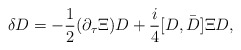
\begin{align*}{\delta}D=-{1\over2}(\partial_{\tau}\Xi)D+{i\over4}[D,\bar{\mbox{\raisebox{0ex}[1.75ex][0ex]{$D$}}}]{\Xi}D,\end{align*}